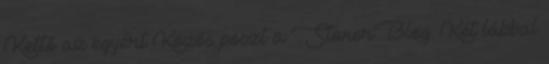
Kettő az egyért Közös poszt a StonerBlog. Két lábbal